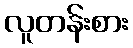
လူတန်းစား